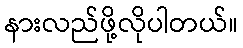
နားလည်ဖို့လိုပါတယ်။